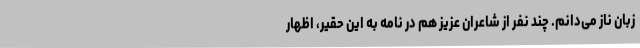
زبان ناز می‌دانم. چند نفر از شاعران عزیز هم در نامه به این حقیر، اظهار